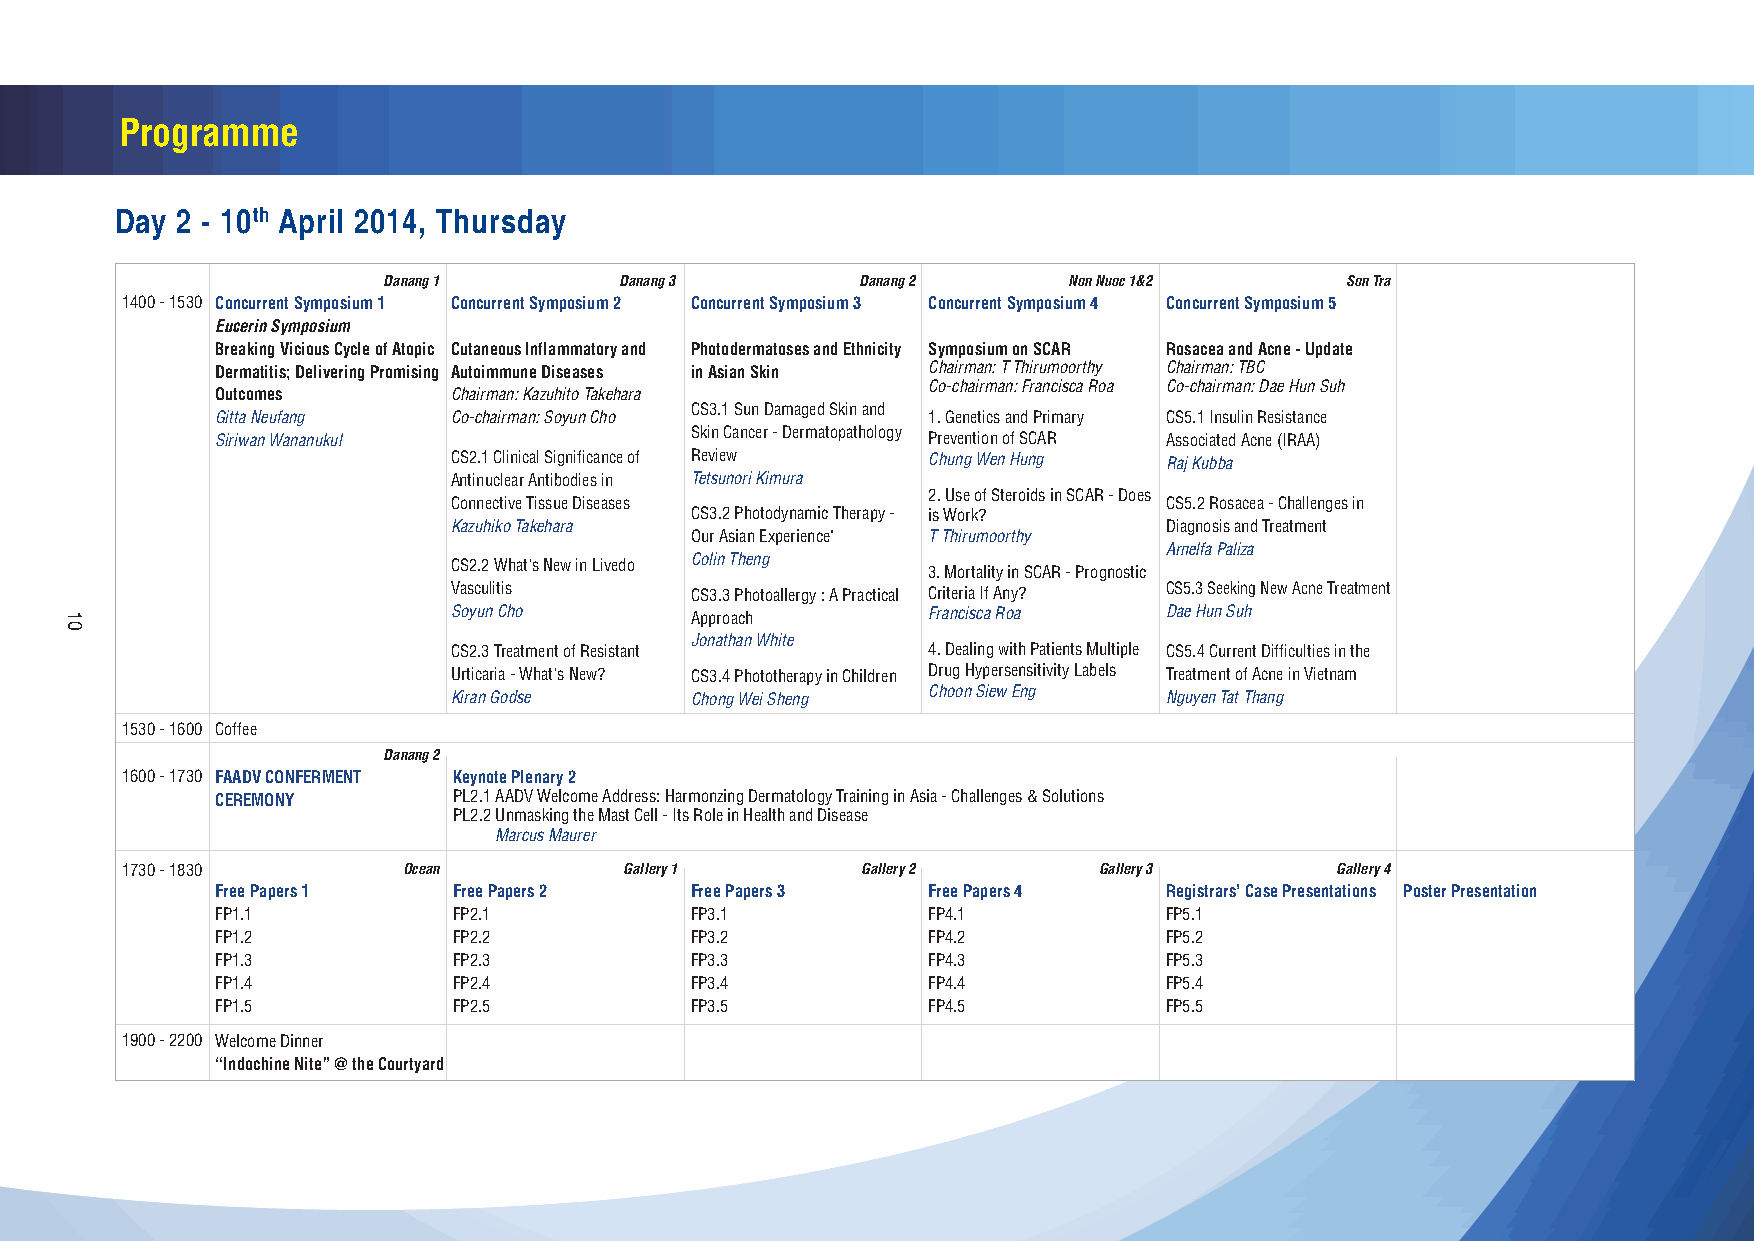
Programme
 Day 2 - 10th April 2014, Thursday
 Danang 1        Danang 3        Danang 2      Non Nuoc 1&2      Son Tra
 1400 - 1530 Concurrent Symposium 1 Concurrent Symposium 2 Concurrent Symposium 3 Concurrent Symposium 4 Concurrent Symposium 5
 Eucerin Symposium
 Breaking Vicious Cycle of Atopic Cutaneous Inflammatory and Photodermatoses and Ethnicity Symposium on SCAR Rosacea and Acne - Update
 Dermatitis; Delivering Promising Autoimmune Diseases in Asian Skin Chairman: T Thirumoorthy Chairman: TBC
 Co-chairman: Francisca Roa Co-chairman: Dae Hun Suh
 Outcomes        Chairman: Kazuhito Takehara
 CS3.1 Sun Damaged Skin and
 Gitta Neufang   Co-chairman: Soyun Cho         1. Genetics and Primary CS5.1 Insulin Resistance
 Siriwan Wananukul               Skin Cancer - Dermatopathology Prevention of SCAR Associated Acne (IRAA)
 CS2.1 Clinical Significance of Review Chung Wen Hung Raj Kubba
 Antinuclear Antibodies in Tetsunori Kimura
 2. Use of Steroids in SCAR - Does
 Connective Tissue Diseases                     CS5.2 Rosacea - Challenges in
 CS3.2 Photodynamic Therapy - is Work?
 Kazuhiko Takehara                              Diagnosis and Treatment
 Our Asian Experience" T Thirumoorthy
 Arnelfa Paliza
 CS2.2 What's New in Livedo Colin Theng 3. Mortality in SCAR - Prognostic
 Vasculitis      CS3.3 Photoallergy : A Practical Criteria If Any? CS5.3 Seeking New Acne Treatment
 Soyun Cho       Approach       Francisca Roa   Dae Hun Suh
 Jonathan White
 CS2.3 Treatment of Resistant   4. Dealing with Patients Multiple CS5.4 Current Difficulties in the
 Urticaria - What's New? CS3.4 Phototherapy in Children Drug Hypersensitivity Labels Treatment of Acne in Vietnam
 Kiran Godse     Chong Wei Sheng Choon Siew Eng Nguyen Tat Thang
 1530 - 1600 Coffee
 Danang 2
 1600 - 1730 FAADV CONFERMENT Keynote Plenary 2
 CEREMONY        PL2.1 AADV Welcome Address: Harmonzing Dermatology Training in Asia - Challenges & Solutions
 PL2.2 Unmasking the Mast Cell - Its Role in Health and Disease
 Marcus Maurer
 1730 - 1830        Ocean         Gallery 1       Gallery 2       Gallery 3      Gallery 4
 Free Papers 1   Free Papers 2   Free Papers 3  Free Papers 4   Registrars’ Case Presentations Poster Presentation
 FP1.1           FP2.1           FP3.1          FP4.1           FP5.1
 FP1.2           FP2.2           FP3.2          FP4.2           FP5.2
 FP1.3           FP2.3           FP3.3          FP4.3           FP5.3
 FP1.4           FP2.4           FP3.4          FP4.4           FP5.4
 FP1.5           FP2.5           FP3.5          FP4.5           FP5.5
 1900 - 2200 Welcome Dinner
 “Indochine Nite” @ the Courtyard
 10